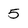
Character: 5